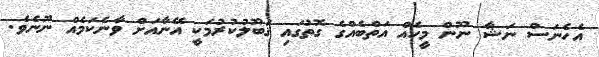
އެހެނަސް ނަޝާ ނޫން މީހެއް އަތްބެއްގެ ގޮތުގައި ޤަބޫލުކުރުމަކީ އޭނާއަށް ވާނެކަމެއް ނޫނެވެ.